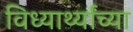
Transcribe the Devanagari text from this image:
विध्यार्थ्यांच्या